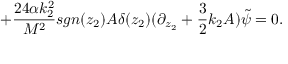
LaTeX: + \frac { 2 4 \alpha k _ { 2 } ^ { 2 } } { M ^ { 2 } } s g n ( z _ { 2 } ) A \delta ( z _ { 2 } ) ( \partial _ { z _ { 2 } } + \frac { 3 } { 2 } k _ { 2 } A ) \tilde { \psi } = 0 .